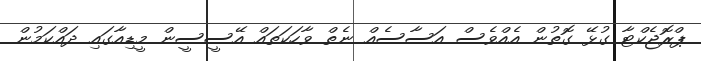
ޕްރޮޖެކްޓާ ގުޅޭ ގޮތުން އެއްވެސް އަސާސެއް ނެތް ވާހަކަތައް އޭސީސީން މީޑިއާގައި ދައްކަމުން